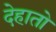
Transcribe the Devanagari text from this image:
देहातो